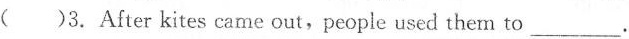
( )3. After kites came out,people used them to___.